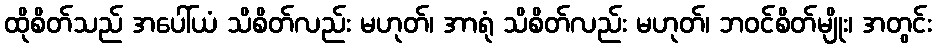
ထိုစိတ်သည် အပေါ်ယံ သိစိတ်လည်း မဟုတ်၊ အာရုံ သိစိတ်လည်း မဟုတ်၊ ဘဝင်စိတ်မျိုး၊ အတွင်း